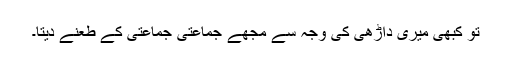
تو کبھی میری داڑھی کی وجہ سے مجھے جماعتی جماعتی کے طعنے دیتا۔